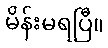
မိန်းမရပြီ။